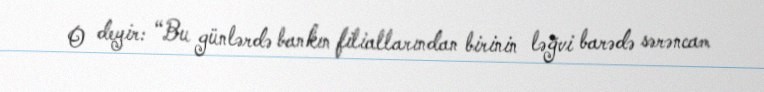
O deyir: “Bu günlərdə bankın filiallarından birinin ləğvi barədə sərəncam